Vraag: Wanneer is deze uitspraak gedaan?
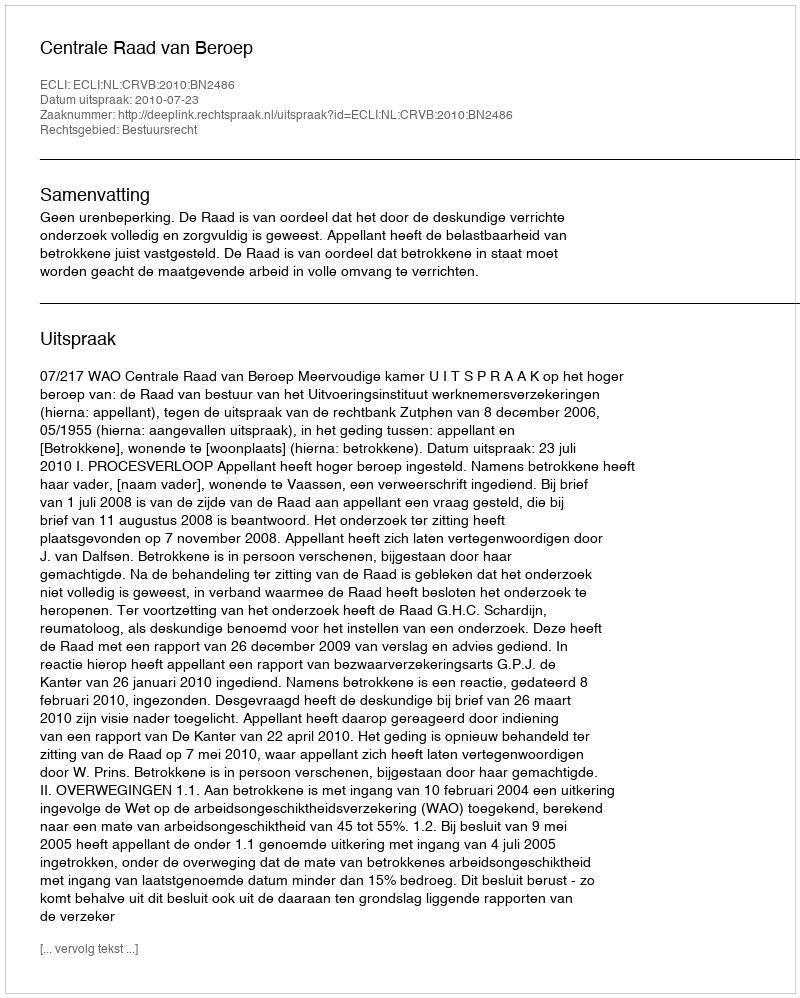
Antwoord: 2010-07-23